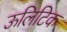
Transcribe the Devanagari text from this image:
ऊलिटिक